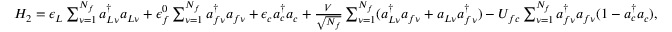
\begin{array} { r } { H _ { 2 } = \epsilon _ { L } \sum _ { \nu = 1 } ^ { N _ { f } } a _ { L \nu } ^ { \dag } a _ { L \nu } + \epsilon _ { f } ^ { 0 } \sum _ { \nu = 1 } ^ { N _ { f } } a _ { f \nu } ^ { \dag } a _ { f \nu } + \epsilon _ { c } a _ { c } ^ { \dag } a _ { c } + \frac { V } { \sqrt { N _ { f } } } \sum _ { \nu = 1 } ^ { N _ { f } } ( a _ { L \nu } ^ { \dag } a _ { f \nu } + a _ { L \nu } a _ { f \nu } ^ { \dag } ) - U _ { f c } \sum _ { \nu = 1 } ^ { N _ { f } } a _ { f \nu } ^ { \dag } a _ { f \nu } ( 1 - a _ { c } ^ { \dag } a _ { c } ) , } \end{array}